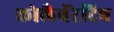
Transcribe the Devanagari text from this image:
कोलैबॅरेटिव